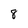
Character: 8